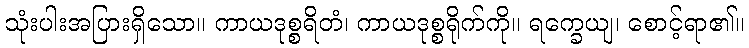
သုံးပါးအပြားရှိသော။ ကာယဒုစ္စရိတံ၊ ကာယဒုစ္စရိုက်ကို။ ရက္ခေယျ၊ စောင့်ရာ၏။